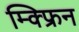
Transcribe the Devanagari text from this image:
म्क्फ्रिन